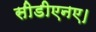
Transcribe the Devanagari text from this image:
सीडीएनए।